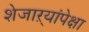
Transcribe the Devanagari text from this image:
शेजाऱ्यांपेक्षा